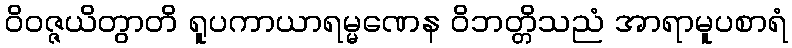
ဝိဝဇ္ဇယိတွာတိ ရူပကာယာရမ္မဏေန ဝိဘတ္တိသညံ အာရာမူပစာရံ